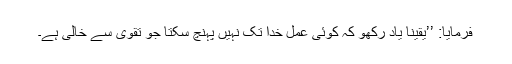
فرمایا: ’’یقینا یاد رکھو کہ کوئی عمل خدا تک نہیں پہنچ سکتا جو تقویٰ سے خالی ہے۔